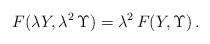
\begin{align*}F(\lambda Y, \lambda^2\, \Upsilon) = \lambda^2\, F(Y,\Upsilon)\,.\end{align*}